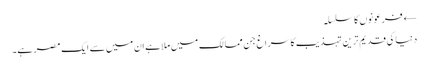
← فرعونوں کا سلسلہ
دنیا کی قدیم ترین تہذیب کا سراغ جن ممالک میں ملا ہے ان میں سے ایک مصر ہے۔